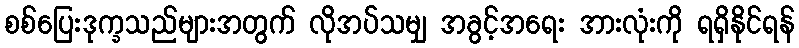
စစ်ပြေးဒုက္ခသည်များအတွက် လိုအပ်သမျှ အခွင့်အရေး အားလုံးကို ရရှိနိုင်ရန်